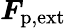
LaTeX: \boldsymbol{F}_{\textup{p,ext}}